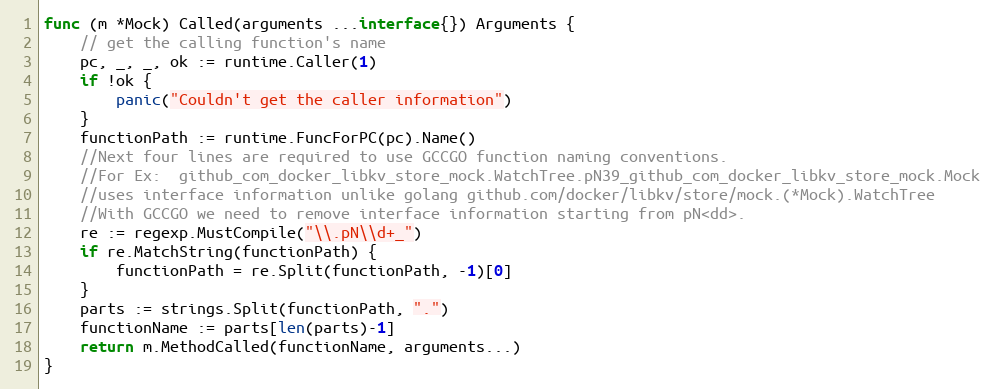
Language: Go
func (m *Mock) Called(arguments ...interface{}) Arguments {
	// get the calling function's name
	pc, _, _, ok := runtime.Caller(1)
	if !ok {
		panic("Couldn't get the caller information")
	}
	functionPath := runtime.FuncForPC(pc).Name()
	//Next four lines are required to use GCCGO function naming conventions.
	//For Ex:  github_com_docker_libkv_store_mock.WatchTree.pN39_github_com_docker_libkv_store_mock.Mock
	//uses interface information unlike golang github.com/docker/libkv/store/mock.(*Mock).WatchTree
	//With GCCGO we need to remove interface information starting from pN<dd>.
	re := regexp.MustCompile("\\.pN\\d+_")
	if re.MatchString(functionPath) {
		functionPath = re.Split(functionPath, -1)[0]
	}
	parts := strings.Split(functionPath, ".")
	functionName := parts[len(parts)-1]
	return m.MethodCalled(functionName, arguments...)
}